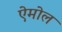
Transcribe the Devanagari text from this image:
ऐमोल